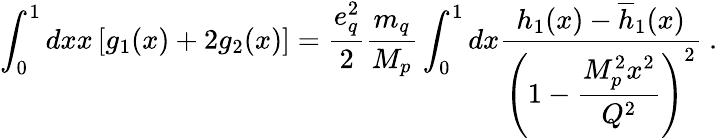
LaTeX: \int_{0}^{1}dxx\left[g_{1}(x)+2g_{2}(x)\right]=\frac{e_{q}^{2}}{2}\frac{m_{q}}{M_{p}}\int_{0}^{1}dx\frac{h_{1}(x)-\overline{{{h}}}_{1}(x)}{\displaystyle{\left(1-\frac{M_{p}^{2}x^{2}}{Q^{2}}\right)^{2}}}~.